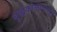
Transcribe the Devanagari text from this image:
बुद्धकाळापासून